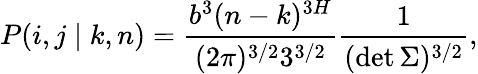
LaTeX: P(i,j\mid k,n)=\frac{b^{3}(n-k)^{3H}}{(2\pi)^{3/2}3^{3/2}}\frac{1}{(\operatorname*{det}\Sigma)^{3/2}},